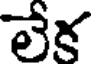
లేక